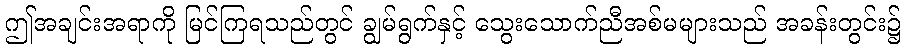
ဤအချင်းအရာကို မြင်ကြရသည်တွင် ချွမ်ရွက်နှင့် သွေးသောက်ညီအစ်မများသည် အခန်းတွင်း၌